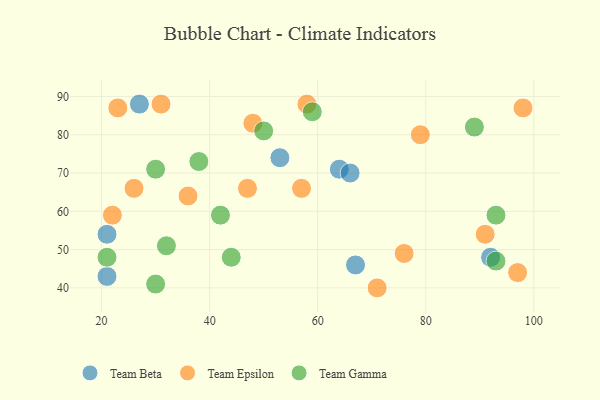
{"axis": {"x": "GDP", "y": "Life Expectancy"}, "legend": ["Team Beta", "Team Epsilon", "Team Gamma"], "data": [{"x": "53", "y": 74, "type": "Team Beta"}, {"x": "67", "y": 46, "type": "Team Beta"}, {"x": "64", "y": 71, "type": "Team Beta"}, {"x": "92", "y": 48, "type": "Team Beta"}, {"x": "66", "y": 70, "type": "Team Beta"}, {"x": "21", "y": 43, "type": "Team Beta"}, {"x": "21", "y": 54, "type": "Team Beta"}, {"x": "27", "y": 88, "type": "Team Beta"}, {"x": "23", "y": 87, "type": "Team Epsilon"}, {"x": "47", "y": 66, "type": "Team Epsilon"}, {"x": "22", "y": 59, "type": "Team Epsilon"}, {"x": "26", "y": 66, "type": "Team Epsilon"}, {"x": "98", "y": 87, "type": "Team Epsilon"}, {"x": "91", "y": 54, "type": "Team Epsilon"}, {"x": "48", "y": 83, "type": "Team Epsilon"}, {"x": "31", "y": 88, "type": "Team Epsilon"}, {"x": "36", "y": 64, "type": "Team Epsilon"}, {"x": "79", "y": 80, "type": "Team Epsilon"}, {"x": "76", "y": 49, "type": "Team Epsilon"}, {"x": "97", "y": 44, "type": "Team Epsilon"}, {"x": "57", "y": 66, "type": "Team Epsilon"}, {"x": "71", "y": 40, "type": "Team Epsilon"}, {"x": "58", "y": 88, "type": "Team Epsilon"}, {"x": "30", "y": 71, "type": "Team Gamma"}, {"x": "89", "y": 82, "type": "Team Gamma"}, {"x": "38", "y": 73, "type": "Team Gamma"}, {"x": "59", "y": 86, "type": "Team Gamma"}, {"x": "21", "y": 48, "type": "Team Gamma"}, {"x": "44", "y": 48, "type": "Team Gamma"}, {"x": "42", "y": 59, "type": "Team Gamma"}, {"x": "93", "y": 47, "type": "Team Gamma"}, {"x": "93", "y": 59, "type": "Team Gamma"}, {"x": "30", "y": 41, "type": "Team Gamma"}, {"x": "32", "y": 51, "type": "Team Gamma"}, {"x": "50", "y": 81, "type": "Team Gamma"}]}